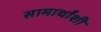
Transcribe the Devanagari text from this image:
सामार्थांशी